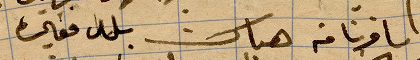
سافرنا من هناك بلد فقير